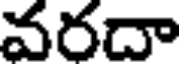
వరదా